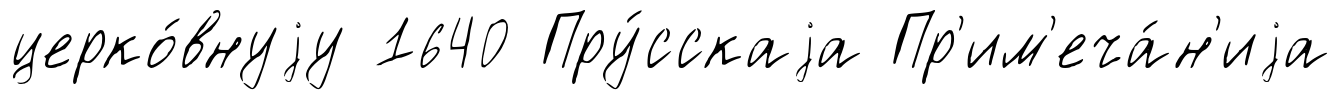
церко́внуjу 1640 Пру́сскаjа Пр'им'еча́н'иjа